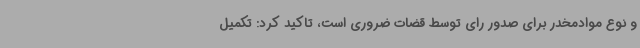
و نوع موادمخدر برای صدور رای توسط قضات ضروری است، تاکید کرد: تکمیل